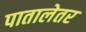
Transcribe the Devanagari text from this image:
पातालेतर